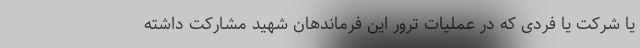
یا شرکت یا فردی که در عملیات ترور این فرماندهان شهید مشارکت داشته